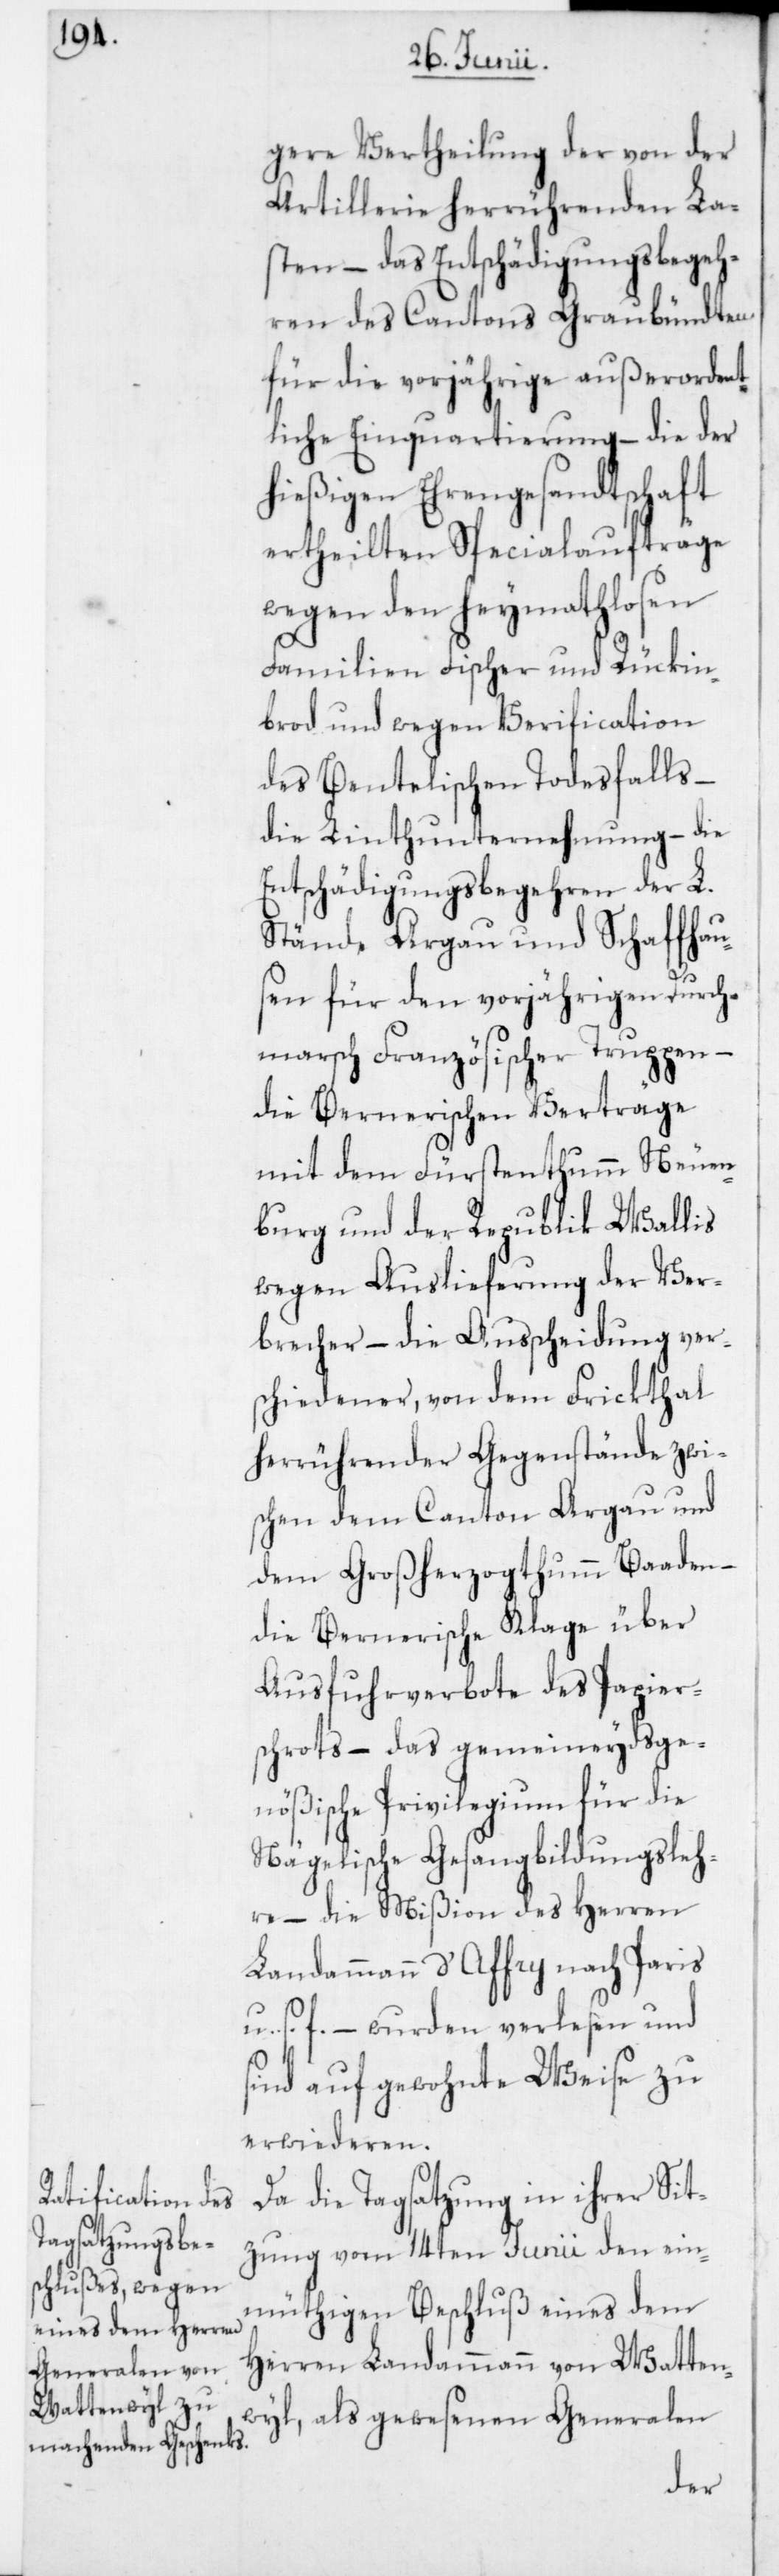
gere Vertheilung der von der
Artillerie herrührenden La¬
sten – das Entschädigungsbegeh¬
ren des Cantons Graubündten
für die vorjährige außerordent¬
liche Einquartierung – die der
hießigen Ehrengesandtschaft
ertheilten Specialaufträge
wegen den heymathlosen
Familien Fischer und Rückin¬
brod und wegen Verification
des Bentelischen Todesfalls –
die Linthunternehmung – die
Entschädigungsbegehren der L.
Stände Argau und Schaffhau¬
sen für den vorjährigen Durch¬
marsch Französischer Truppen –
die Bernerischen Verträge
mit dem Fürstenthumm Neuen¬
burg und der Republik Wallis,
wegen Auslieferung der Ver¬
brecher – die Ausscheidung vers¬
chiedener, von dem Frickthal
herrührender Gegenstände zwi¬
schen dem Canton Argau und
dem Großherzogthumm Baaden –
die Bernerische Klage über
Ausfuhrverbote des Papier¬
schrots – das gemeineydsge¬
nößische Privilegium für die
Nägelische Gesangsbildungsleh¬
re – die Mißion des Herren
Landammann d’Affry nach Paris
u. s. f. – wurden verlesen und
sind auf gewohnte Weise zu
erwiederen.
Da die Tagsatzung in ihrer Sit¬
zung vom 14ten Junii den ein¬
müthigen Beschluß eines dem
Herren Landammann von Watten¬
wyl, als gewesenen Generalen